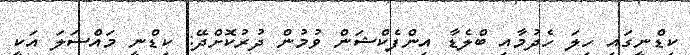
ކިޑްނީގައި ހިލަ ހެދުމާއި ބްލެޑާ އިންފެކްޝަން ވުމުން ދުރުކޮށްދޭ: ކިޑްނީ މައްސަލަ އަކީ